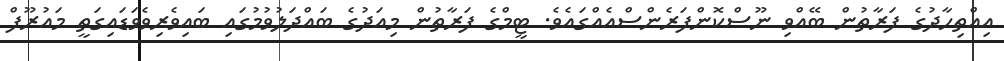
އިއްތިހާދުގެ ފަރާތުން ބޭއްވި ނޫސްކޮންފަރެންސްއެއްގައެވެ. ޓީމްގެ ފަރާތުން މިއަދުގެ ބައްދަލުވުމުގައި ބައިވެރިވެވަޑައިގަތީ މައުރޫފް